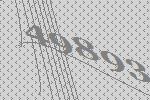
49893